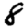
Digit: 8